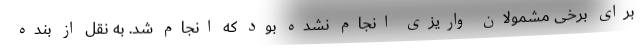
برای برخی مشمولان واریزی انجام نشده بود که انجام شد. به نقل از بنده